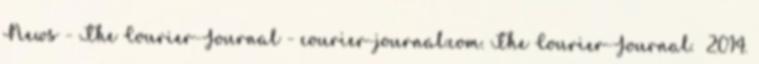
News - The Courier-Journal - courier-journal.com. The Courier-Journal. 2014.